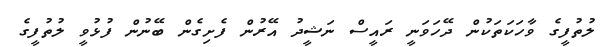
ލުތުފީގެ ވާހަކަތަކުން ދޭހަވަނީ ރައީސް ނަޝީދު އޭރުން ފެށިގެން ބޭނުން ފުޅުވީ ލުތުފީގެ